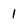
Character: 1